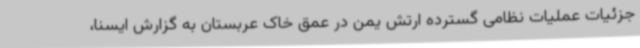
جزئیات عملیات نظامی گسترده ارتش یمن در عمق خاک عربستان به گزارش ایسنا،